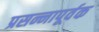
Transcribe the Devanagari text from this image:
प्रसन्नापूर्वक